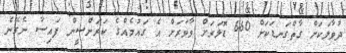
ދުވާލަކަށް ގާތްގަނޑަކަށް 660 ޑޮލަރަށް ވާވަރަށް އެ ގައުމެއްގެ ކަރަންސީން ފައިސާ ނެގޭނެ